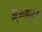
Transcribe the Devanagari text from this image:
इन्सा